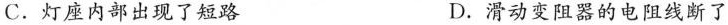
C.灯座内部出现了短路 D.滑动变阻器的电阻线断了